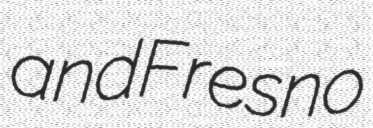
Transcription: and Fresno